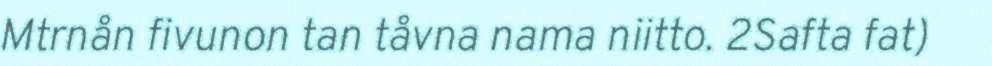
Mtrnån fivunon tan tåvna nama niitto. 2Safta fat)